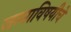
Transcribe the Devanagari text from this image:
जन्माविषयीचे